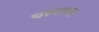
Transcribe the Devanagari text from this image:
पत्त्याला